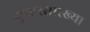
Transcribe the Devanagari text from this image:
कुकरसारख्या